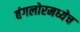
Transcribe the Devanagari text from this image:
बंगलोरमध्येच